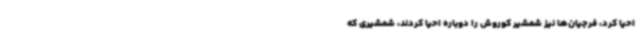
احیا کرد، فرجیان‌ها نیز شمشیر کوروش را دوباره احیا کردند، شمشیری که